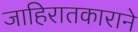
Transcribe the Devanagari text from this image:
जाहिरातकाराने